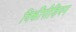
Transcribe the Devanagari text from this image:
विकीपीडियन